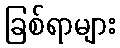
ခြစ်ရာများ